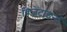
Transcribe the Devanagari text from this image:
बिजेंटाइनों